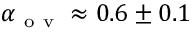
\alpha _ { \mathrm { ~ o ~ v ~ } } \approx 0 . 6 \pm 0 . 1